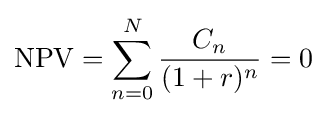
\operatorname {NPV} =\sum _{n=0}^{N}{\frac {C_{n}}{(1+r)^{n}}}=0